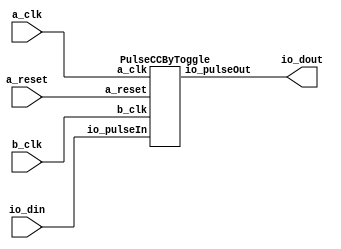
// Generator : SpinalHDL v1.7.2    git head : 08fc866bebdc40c471ebe327bface63e34406489
// Component : Clock_3
// Git hash  : 23d564a3e9d4d768c2cb1641ec7dc2becc0d2602

`timescale 1ns/1ps

module Clock_3 (
  input               io_din,
  output              io_dout,
  input               a_clk,
  input               a_reset,
  input               b_clk
);

  wire                pulseCCByToggle_1_io_pulseOut;

  PulseCCByToggle pulseCCByToggle_1 (
    .io_pulseIn  (io_din                       ), //i
    .io_pulseOut (pulseCCByToggle_1_io_pulseOut), //o
    .a_clk       (a_clk                        ), //i
    .a_reset     (a_reset                      ), //i
    .b_clk       (b_clk                        )  //i
  );
  assign io_dout = pulseCCByToggle_1_io_pulseOut;

endmodule

module PulseCCByToggle (
  input               io_pulseIn,
  output              io_pulseOut,
  input               a_clk,
  input               a_reset,
  input               b_clk
);

  wire                bufferCC_2_io_dataOut;
  wire                inArea_target_buffercc_io_dataOut;
  reg                 inArea_target;
  wire                a_reset_syncronized;
  wire                outArea_target;
  reg                 outArea_target_regNext;

  BufferCC bufferCC_2 (
    .io_dataIn  (1'b0                 ), //i
    .io_dataOut (bufferCC_2_io_dataOut), //o
    .b_clk      (b_clk                ), //i
    .a_reset    (a_reset              )  //i
  );
  BufferCC_1 inArea_target_buffercc (
    .io_dataIn           (inArea_target                    ), //i
    .io_dataOut          (inArea_target_buffercc_io_dataOut), //o
    .b_clk               (b_clk                            ), //i
    .a_reset_syncronized (a_reset_syncronized              )  //i
  );
  assign a_reset_syncronized = bufferCC_2_io_dataOut;
  assign outArea_target = inArea_target_buffercc_io_dataOut;
  assign io_pulseOut = (outArea_target ^ outArea_target_regNext);
  always @(posedge a_clk or posedge a_reset) begin
    if(a_reset) begin
      inArea_target <= 1'b0;
    end else begin
      if(io_pulseIn) begin
        inArea_target <= (! inArea_target);
      end
    end
  end

  always @(posedge b_clk or posedge a_reset_syncronized) begin
    if(a_reset_syncronized) begin
      outArea_target_regNext <= 1'b0;
    end else begin
      outArea_target_regNext <= outArea_target;
    end
  end


endmodule

module BufferCC_1 (
  input               io_dataIn,
  output              io_dataOut,
  input               b_clk,
  input               a_reset_syncronized
);

  (* async_reg = "true" *) reg                 buffers_0;
  (* async_reg = "true" *) reg                 buffers_1;

  assign io_dataOut = buffers_1;
  always @(posedge b_clk or posedge a_reset_syncronized) begin
    if(a_reset_syncronized) begin
      buffers_0 <= 1'b0;
      buffers_1 <= 1'b0;
    end else begin
      buffers_0 <= io_dataIn;
      buffers_1 <= buffers_0;
    end
  end


endmodule

module BufferCC (
  input               io_dataIn,
  output              io_dataOut,
  input               b_clk,
  input               a_reset
);

  (* async_reg = "true" *) reg                 buffers_0;
  (* async_reg = "true" *) reg                 buffers_1;

  assign io_dataOut = buffers_1;
  always @(posedge b_clk or posedge a_reset) begin
    if(a_reset) begin
      buffers_0 <= 1'b1;
      buffers_1 <= 1'b1;
    end else begin
      buffers_0 <= io_dataIn;
      buffers_1 <= buffers_0;
    end
  end


endmodule